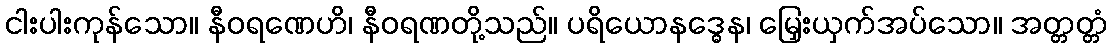
ငါးပါးကုန်သော။ နီဝရဏေဟိ၊ နီဝရဏတို့သည်။ ပရိယောနဒ္ဓေန၊ မြှေးယှက်အပ်သော။ အတ္တတ္တံ